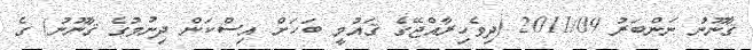
ޤާނޫނު ނަންބަރު 2011/09 (ދިވެހިރާއްޖޭގެ ޤައުމީ ބަހަށް އިސްކަން ދިނުމުގެ ޤާނޫނު) ގެ